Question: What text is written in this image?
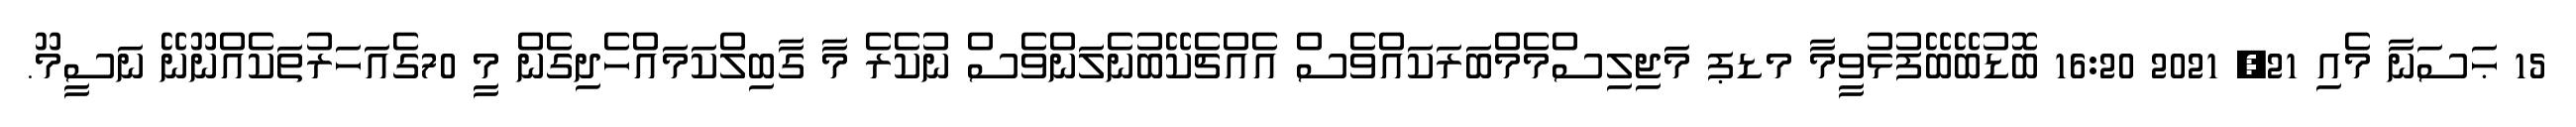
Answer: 15 ޙަސަނާ މެއި 21, 2021 16:20 ބޮޑުބޭބޭފުޅުވީމާ މޑޕ މަޖިލިސްމެމްބަރަކައްވެސް އެއްޗެކޭބުނެލަންވެސް ނުކެރެ މާ ގާބިލްކަމައްހެދިގެން މީ 70ގެއަހަރުތަކެއްނޫނޭ ނަސީމޫ.